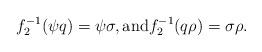
LaTeX: \begin{align*}f_2^{-1}(\psi q)=\psi\sigma,\mbox{and}f_2^{-1}(q\rho)=\sigma \rho. \end{align*}